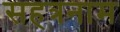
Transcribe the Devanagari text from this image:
सहत्रनाम